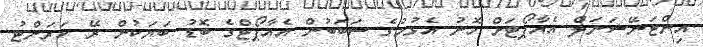
އިންޓަނޭޝަނަލް އެއާޕޯޓަށް ހޮނު އެޅުމުގެ ސަބަބުން އެއާޕޯޓްގެ ބޮޑު ބަޔަކުން ރޭ ކަރަންޓު